Annual report on the mental hospital in the Central Provinces and Berar (Nagpur) - 1927-1951
Year: 1927
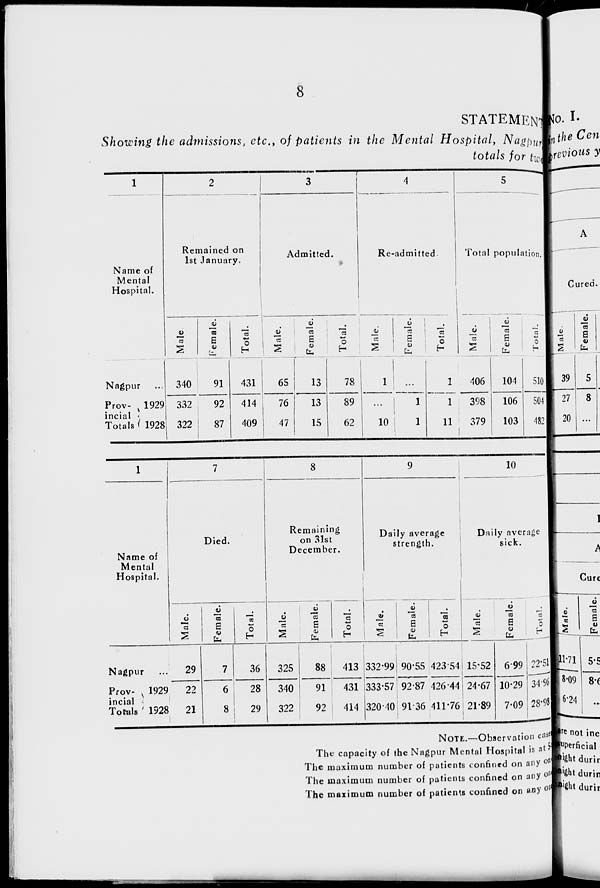
8
STATEMENT
Showing the admissions, etc., of patients in the Mental Hospital, Nagpur
totals for two
1
Name of
Mental
Hospital.
Nagpur ...
Prov-
incial
Totals
1929
1928
2
Remained on
1st January.
Male.
340
332
322
Female.
91
92
87
Total.
431
414
409
3
Admitted.
Male.
65
76
47
Female.
13
13
15
Total.
78
89
62
4
Re-admitted.
Male.
1
...
10
Female.
...
1
1
Total.
1
1
11
5
Total population.
Male.
406
398
379
Female.
104
106
103
Total.
510
504
482
1
Name of
Mental
Hospital.
Nagpur ...
Prov-
incial
Totals
1929
1928
7
Died.
Male.
29
22
21
Female.
7
6
8
Total.
36
28
29
8
Remaining
on 31st
December.
Male.
325
340
322
Female.
88
91
92
Total.
413
431
414
9
Daily average
strength.
Male.
332.99
333.57
320.40
Female.
90.55
92.87
91.36
Total.
423.54
426.44
411.76
10
Daily average
sick.
Male.
15.52
24.67
21.89
Female.
6.99
10.29
7.09
Total.
22.51
34.96
28.98
NOTE.—Observation cast
The capacity of the Nagpur Mental Hospital is at 5
The maximum number of patients confined on any on
The maximum number of patients confined on any on
The maximum number of patients confined on any on